Vabadussoja_Ajaloo_Komitee, lk 54
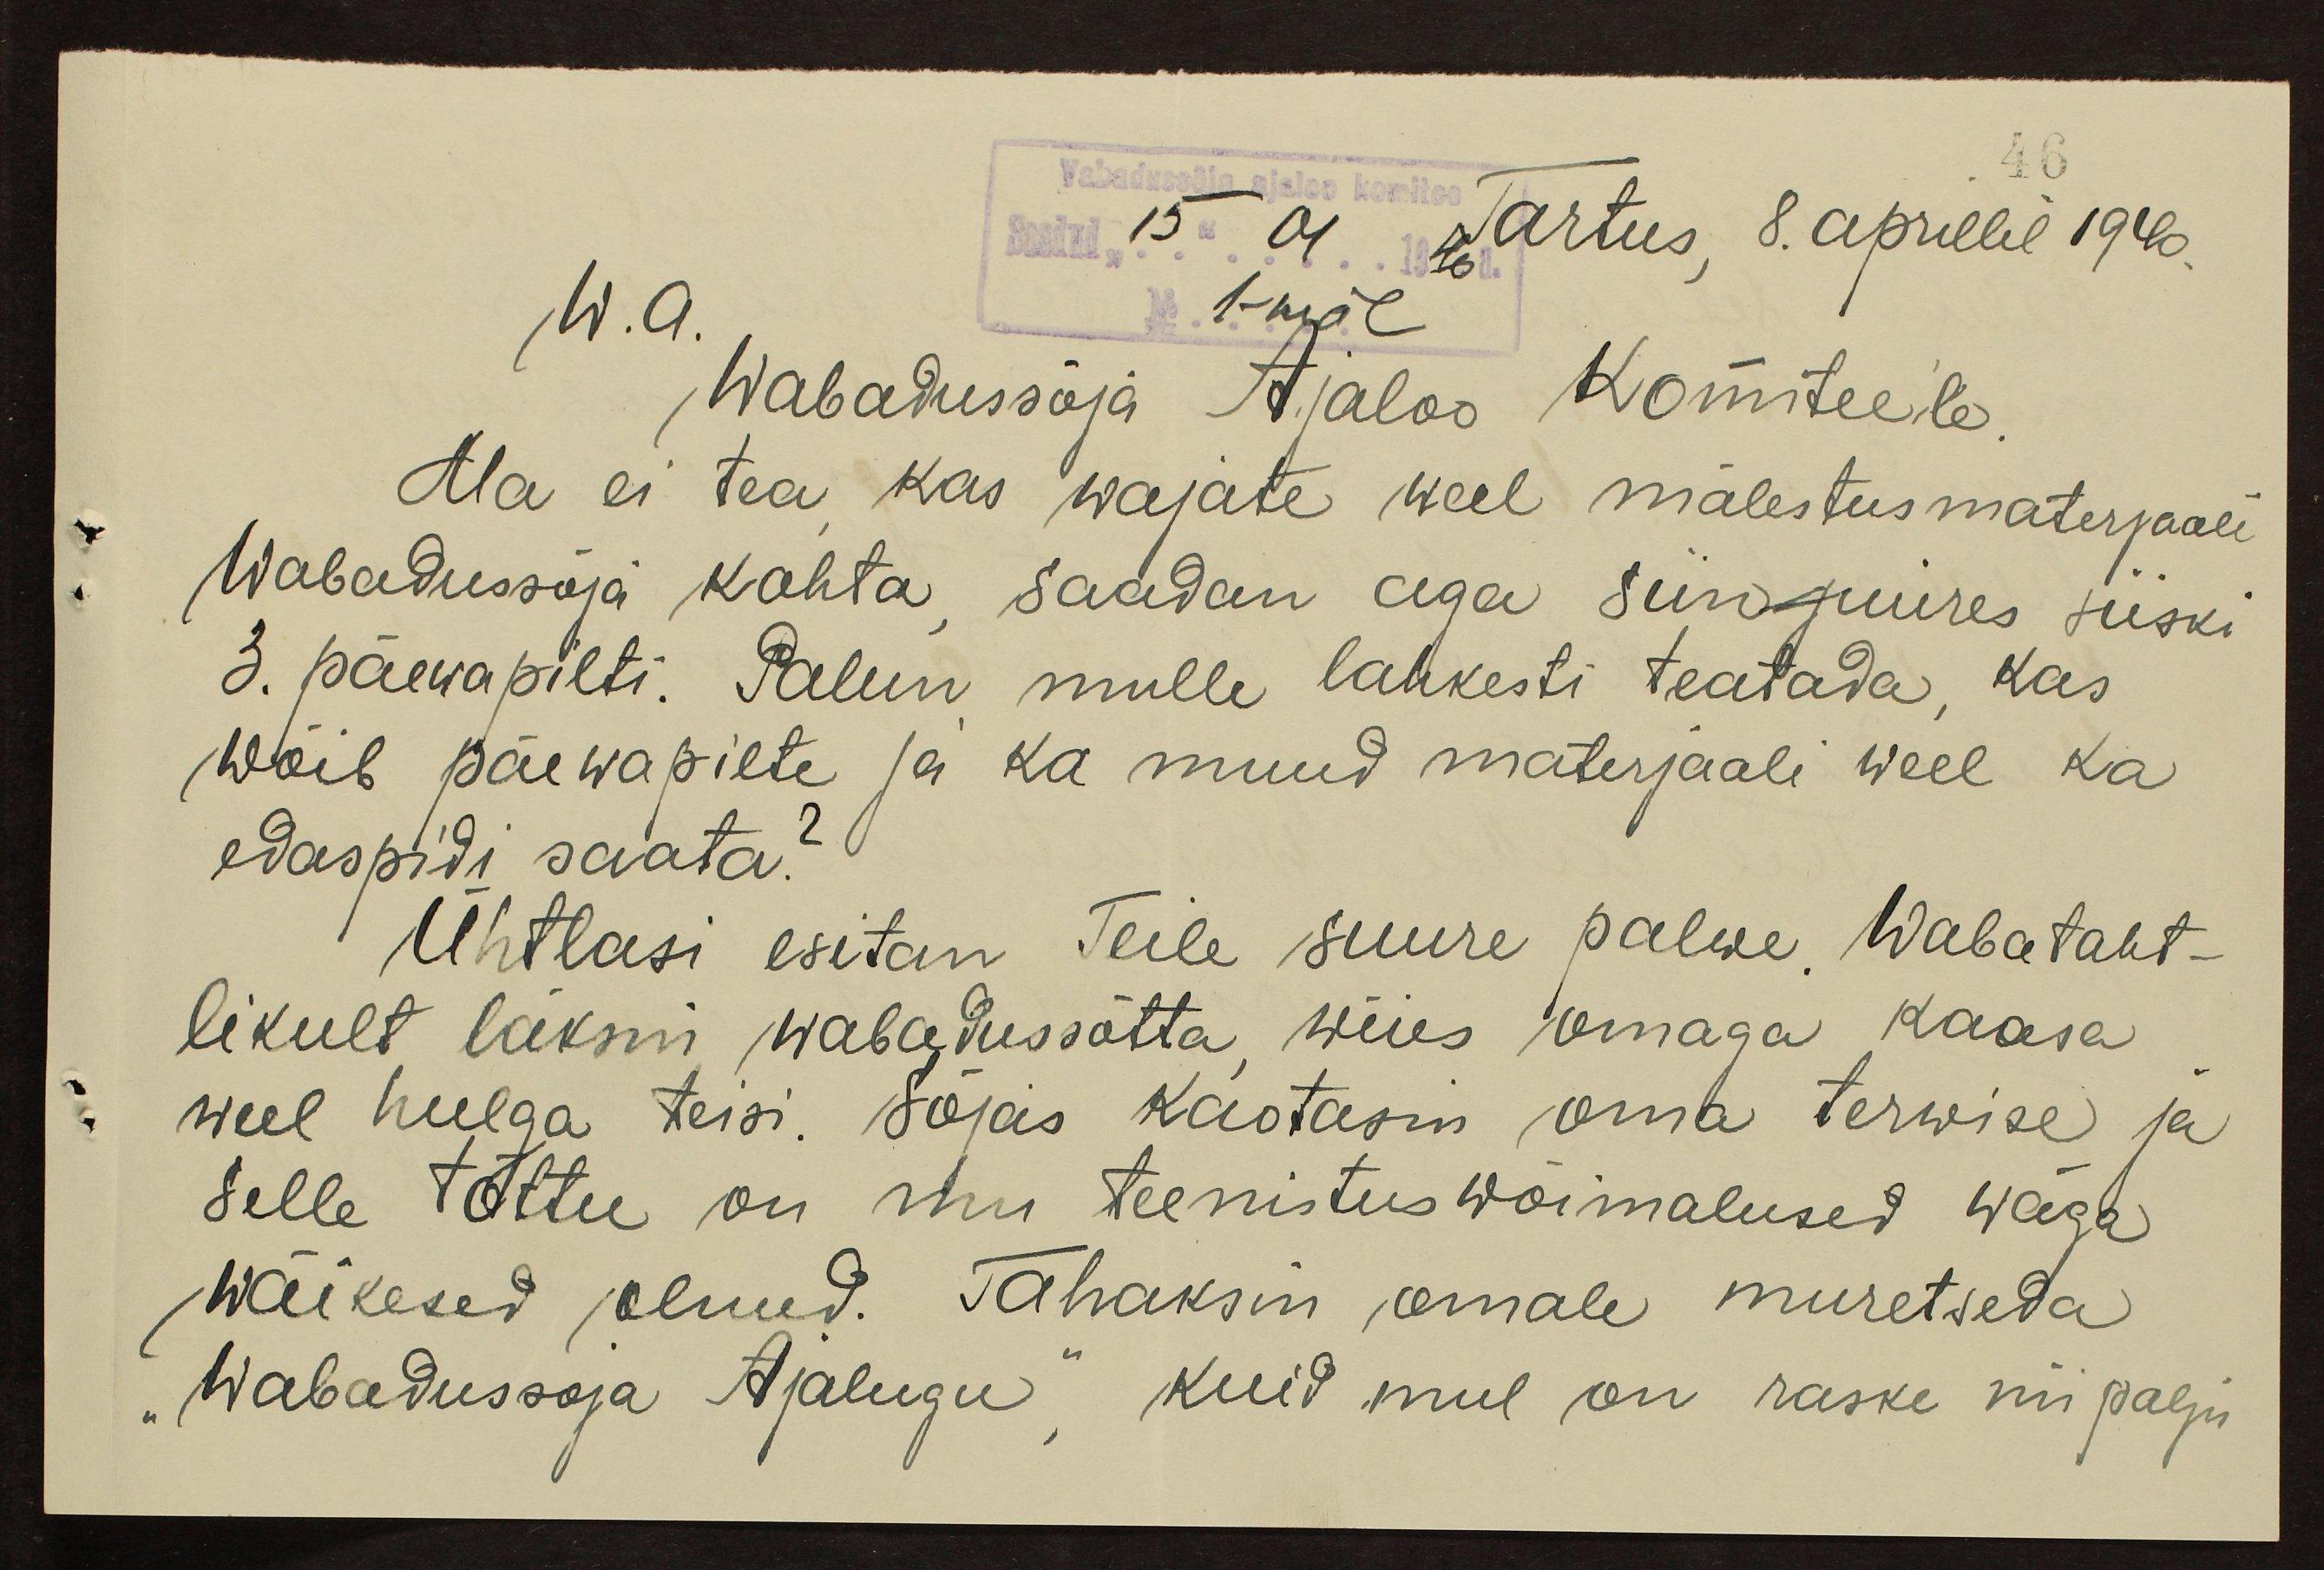
46
Vabadussõja ajaloo komitee
Saadud "15" 04 1940 Tartus 8. aprillil 1940.
W.a.
1-mal
Wabadussõja Ajaloo Komiteele
Ma ei tea kas wajate weel mälestusmaterjaali
Wabadussõja kohta, saadan aga siinjuures siiski
3. päewapilti. Palun mulle lahkesti teatada, kas
wõib päewapilte ja ka muud materjaali weel ka
edaspidi saata?
Ühtlasi esitan Teile suure palwe Wabataht-
likult läksin wabadussõtta wiies omaga kaasa
weel hulga teisi. Sõjas kaotasin oma terwise ja
selle tõttu on mu teenistus wõimalused wäga
wäikesed olnud. Tahaksin omale muretseda
"Wabadussoja Ajalugu", kuid mul on raske niipalju